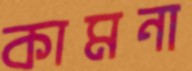
কামনা